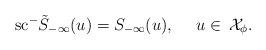
LaTeX: \begin{align*} \mathrm{sc}^{-}\tilde{S}_{-\infty}(u)=S_{-\infty}(u),\ \ \ \ u \in\,\mathcal{X}_\phi.\end{align*}